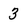
Character: 3